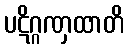
ပဋိဂ္ဂဏှထာတိ